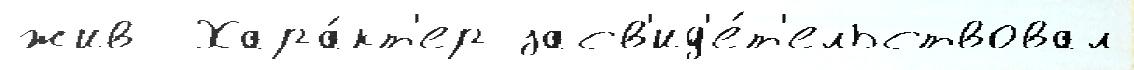
жив  Хара́кт'ер засв'ид'е́т'ельствовал